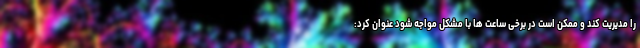
را مدیریت کند و ممکن است در برخی ساعت ها با مشکل مواجه شود عنوان کرد: